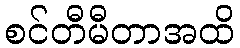
စင်တီမီတာအထိ